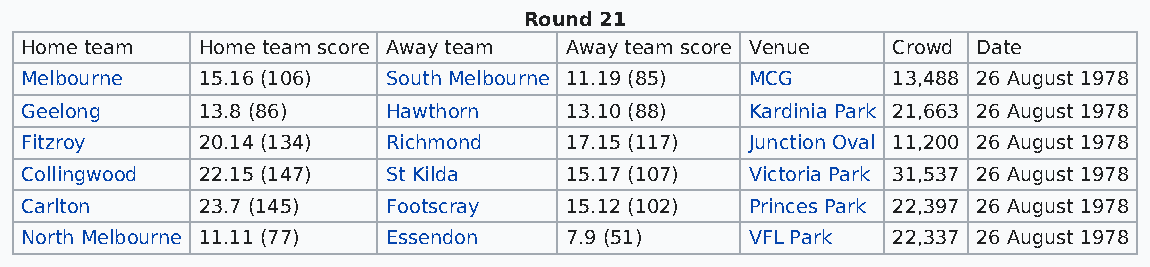
Round 21
 Home team   Home team score Away team Away team score Venue Crowd Date
 Melbourne   15.16 (106)  South Melbourne 11.19 (85) MCG   13,488 26 August 1978
 Geelong     13.8 (86)    Hawthorn   13.10 (88)   Kardinia Park 21,663 26 August 1978
 Fitzroy     20.14 (134)  Richmond   17.15 (117)  Junction Oval 11,200 26 August 1978
 Collingwood 22.15 (147)  St Kilda   15.17 (107)  Victoria Park 31,537 26 August 1978
 Carlton     23.7 (145)   Footscray  15.12 (102)  Princes Park 22,397 26 August 1978
 North Melbourne 11.11 (77) Essendon 7.9 (51)     VFL Park 22,337 26 August 1978